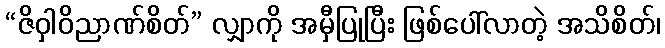
“ဇိဝှါဝိညာဏ်စိတ်” လျှာကို အမှီပြုပြီး ဖြစ်ပေါ်လာတဲ့ အသိစိတ်၊